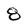
Character: 8